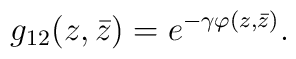
g_{12}(z,\bar z)=e^{-\gamma \varphi(z, \bar z)}.